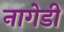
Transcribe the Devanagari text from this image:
नागेडी